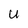
Character: U